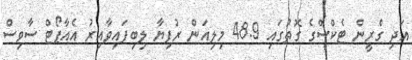
އަދި ގްރީން ޓެކްސްގެ ގޮތުގައި 48.9 މިލިއަން ރުފިޔާ ލިބިފައިވާއިރު އެއާޕޯޓް ސާވިސް